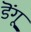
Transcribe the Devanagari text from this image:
डॆंगू